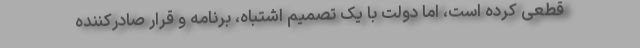
قطعی کرده است، اما دولت با یک تصمیم اشتباه، برنامه و قرار صادرکننده